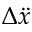
\Delta \ddot { x }